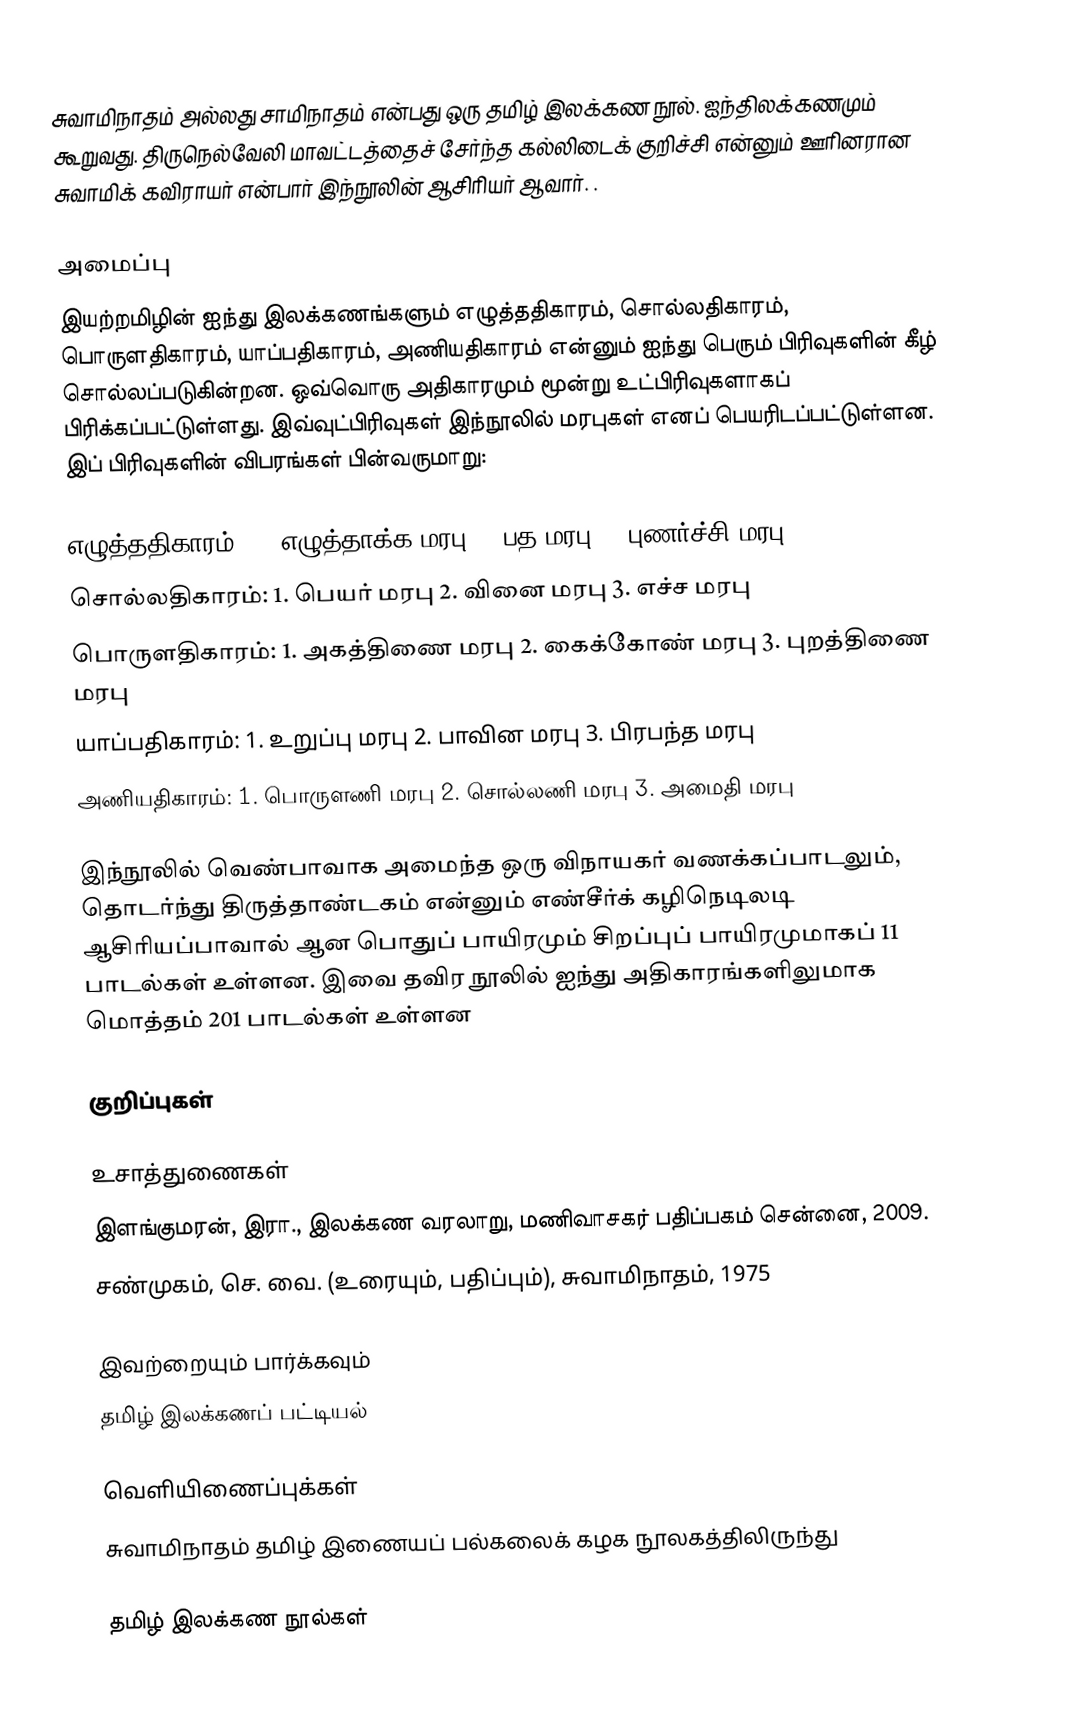
சுவாமிநாதம் அல்லது சாமிநாதம் என்பது ஒரு தமிழ் இலக்கண நூல். ஐந்திலக்கணமும் கூறுவது. திருநெல்வேலி மாவட்டத்தைச் சேர்ந்த கல்லிடைக் குறிச்சி என்னும் ஊரினரான சுவாமிக் கவிராயர் என்பார் இந்நூலின் ஆசிரியர் ஆவார். .

அமைப்பு
இயற்றமிழின் ஐந்து இலக்கணங்களும் எழுத்ததிகாரம், சொல்லதிகாரம், பொருளதிகாரம், யாப்பதிகாரம், அணியதிகாரம் என்னும் ஐந்து பெரும் பிரிவுகளின் கீழ் சொல்லப்படுகின்றன. ஒவ்வொரு அதிகாரமும் மூன்று உட்பிரிவுகளாகப் பிரிக்கப்பட்டுள்ளது. இவ்வுட்பிரிவுகள் இந்நூலில் மரபுகள் எனப் பெயரிடப்பட்டுள்ளன. இப் பிரிவுகளின் விபரங்கள் பின்வருமாறு:

 எழுத்ததிகாரம்: 1. எழுத்தாக்க மரபு 2. பத மரபு 3. புணர்ச்சி மரபு
 சொல்லதிகாரம்: 1. பெயர் மரபு 2. வினை மரபு 3. எச்ச மரபு
 பொருளதிகாரம்: 1. அகத்திணை மரபு 2. கைக்கோண் மரபு 3. புறத்திணை மரபு
 யாப்பதிகாரம்: 1. உறுப்பு மரபு 2. பாவின மரபு 3. பிரபந்த மரபு
 அணியதிகாரம்: 1. பொருளணி மரபு 2. சொல்லணி மரபு 3. அமைதி மரபு

இந்நூலில் வெண்பாவாக அமைந்த ஒரு விநாயகர் வணக்கப்பாடலும், தொடர்ந்து திருத்தாண்டகம் என்னும் எண்சீர்க் கழிநெடிலடி ஆசிரியப்பாவால் ஆன பொதுப் பாயிரமும் சிறப்புப் பாயிரமுமாகப் 11 பாடல்கள் உள்ளன. இவை தவிர நூலில் ஐந்து அதிகாரங்களிலுமாக மொத்தம் 201 பாடல்கள் உள்ளன

குறிப்புகள்

உசாத்துணைகள்
 இளங்குமரன், இரா., இலக்கண வரலாறு, மணிவாசகர் பதிப்பகம் சென்னை, 2009.
 சண்முகம், செ. வை. (உரையும், பதிப்பும்), சுவாமிநாதம், 1975

இவற்றையும் பார்க்கவும்
 தமிழ் இலக்கணப் பட்டியல்

வெளியிணைப்புக்கள்
 சுவாமிநாதம் தமிழ் இணையப் பல்கலைக் கழக நூலகத்திலிருந்து

தமிழ் இலக்கண நூல்கள்